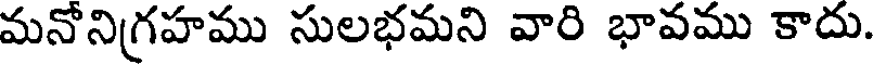
మనోనిగ్రహము సులభమని వారి భావము కాదు.